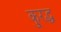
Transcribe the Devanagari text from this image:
कु्रद्ध